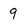
Character: 9